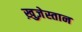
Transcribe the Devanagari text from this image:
ख़ुज़ेस्तान